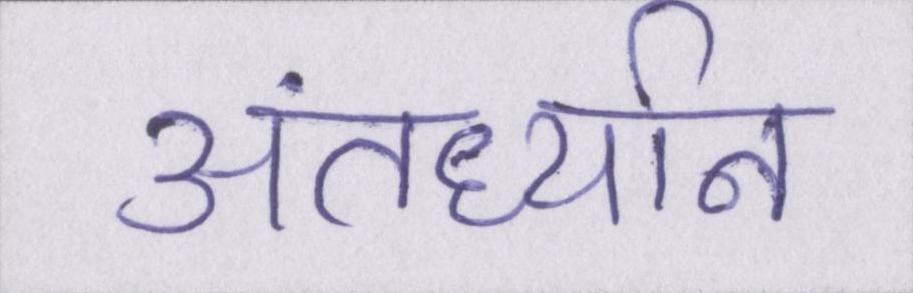
अंतर्ध्यान